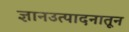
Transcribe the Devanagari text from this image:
ज्ञानउत्पादनातून